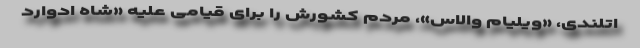
اتلندی، «ویلیام والاس»، مردم کشورش را برای قیامی علیه «شاه ادوارد